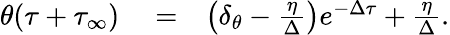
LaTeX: \begin{array}{rlr}{\theta(\tau+\tau_{\infty})}&{{}=}&{\left(\delta_{\theta}-\frac{\eta}{\Delta}\right)e^{-\Delta\tau}+\frac{\eta}{\Delta}.}\end{array}